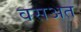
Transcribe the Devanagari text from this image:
वसअत